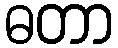
ဓတာ